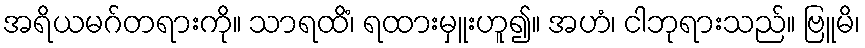
အရိယမဂ်တရားကို။ သာရထိံ၊ ရထားမှူးဟူ၍။ အဟံ၊ ငါဘုရားသည်။ ဗြူမိ၊